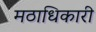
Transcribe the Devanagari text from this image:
मठाधिकारी